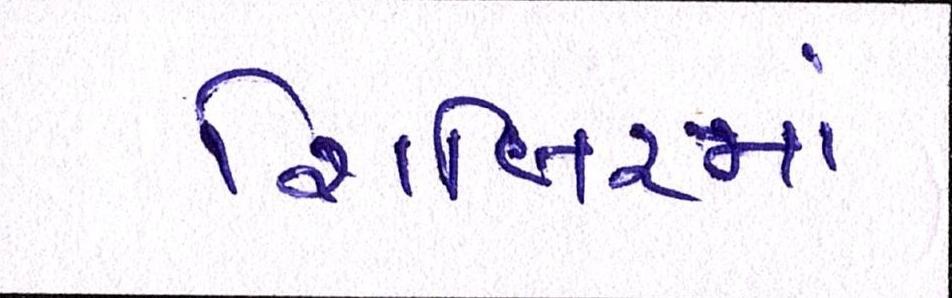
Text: શિબિરમાં